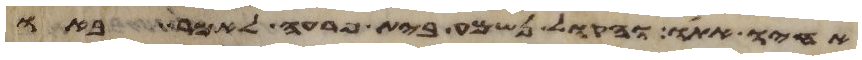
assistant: אחיו אתו והקול נשמע בית פרעה לאמר באו